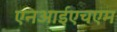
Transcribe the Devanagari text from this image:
एनआईएचएम